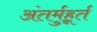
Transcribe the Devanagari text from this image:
अंतर्मुहूर्त